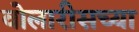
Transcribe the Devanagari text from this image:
वोलारीसच्या